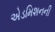
એડમિશનની